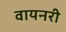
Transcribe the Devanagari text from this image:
वायनरी